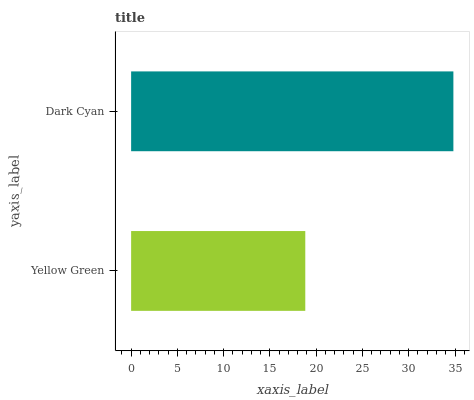
| yaxis_label | bars |
 | --- | --- |
 | Yellow Green | 18.8 |
 | Dark Cyan | 34.8 |